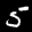
Label: 5